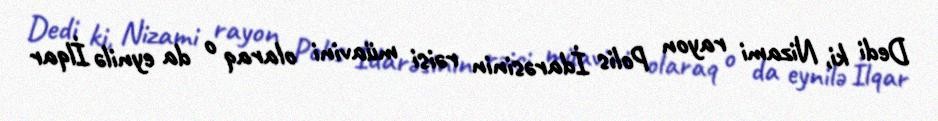
Dedi ki, Nizami rayon Polis İdarəsinin rəisi müavini olaraq o da eynilə İlqar